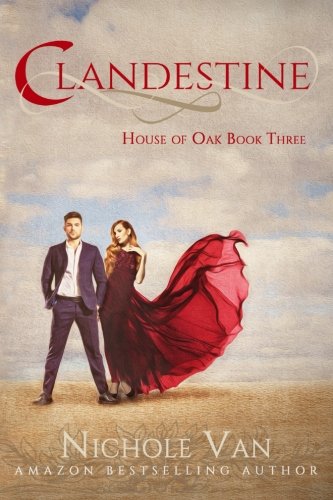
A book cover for Clandestine (House of Oak) (Volume 3); Nichole Van; Romance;